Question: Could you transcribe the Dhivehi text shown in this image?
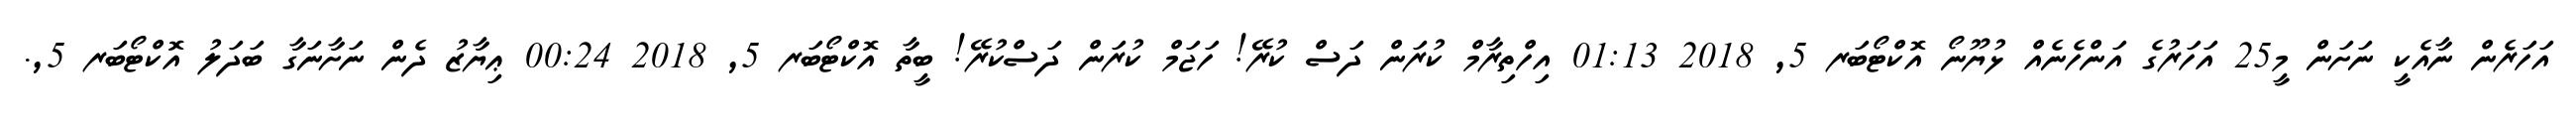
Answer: އަހަރެން ނާއެކީ ނަށަން މީ25 އަހަރުގެ އަންހެނެއް ޅުޔޫނޯ އޮކްޓޯބަރ 5, 2018 01:13 އިހްތިރާމް ކުރަން ދަސް ކުރޭ! ހަޖަމް ކުރަން ދަސްކުރޭ! ބީތާ އޮކްޓޯބަރ 5, 2018 00:24 ޢިޔާޒު ދެން ނަށާނަގާ ބަދަލު އޮކްޓޯބަރ 5,.